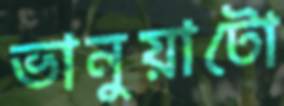
ভানুয়াটো